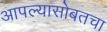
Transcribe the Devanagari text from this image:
आपल्यासोबतचा